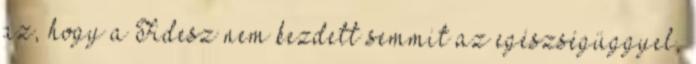
az, hogy a Fidesz nem kezdett semmit az egészségüggyel,